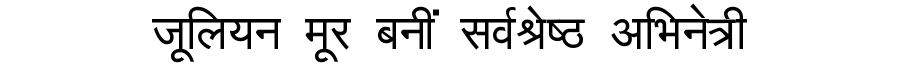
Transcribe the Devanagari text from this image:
जूलियन मूर बनीं सर्वश्रेष्ठ अभिनेत्री